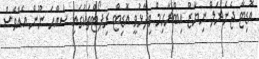
އޮޑިޓާ ޖެނެރަލް ނިޔާޒް އިބްރާހިމް ވިދާޅުވީ އޮޑިޓް ރިޕޯޓްތަކުގައި ސައްހަ ނޫން އެއްވެސް